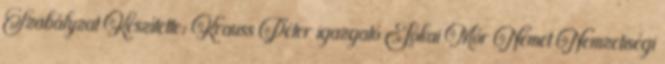
Szabályzat Készítette: Krauss Péter igazgató Jókai Mór Német Nemzetiségi